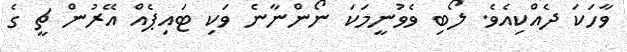
ވާހަކަ ދެއްކިއެވެ. ލޯބި ވެވުނީމަކަ ނޯންނާނެ ވަކި ޓައިޕެއް އޭރުން ޗީ ގެ